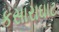
કસારાઘાટ